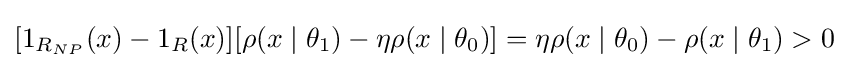
[1_{R_{NP}}(x)-1_{R}(x)][\rho (x\mid \theta _{1})-\eta \rho (x\mid \theta _{0})]=\eta \rho (x\mid \theta _{0})-\rho (x\mid \theta _{1})>0